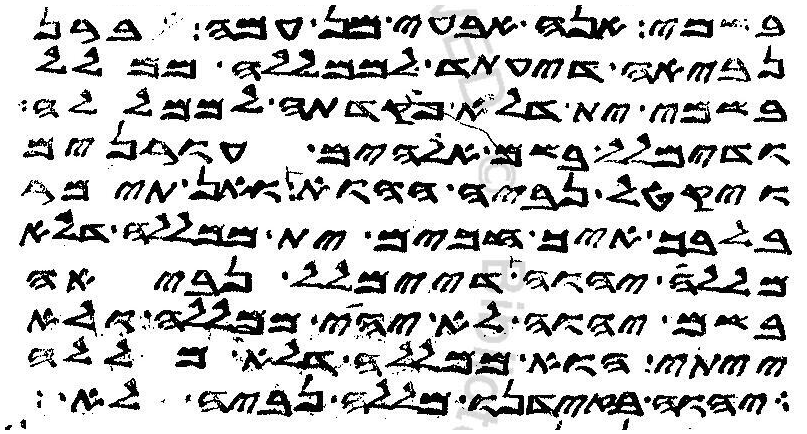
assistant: בשמי אנה אבעי מן עמה ברן
נביאה דיעתד לממללה ממלל
בשמי ית דלא פקדתה לממללה
ודימלל בשם אלהים עורנים
ויקטל נביה ההוא ואן תימר
בלבך איך חכים ית ממללה דלא
מללה יהוה דיימלל נביאה
בשם יהוה לא יהי ממללה ולא
ייתי הוא ממללה דלא מללה
יהוה בזידנו מללה נביה לא